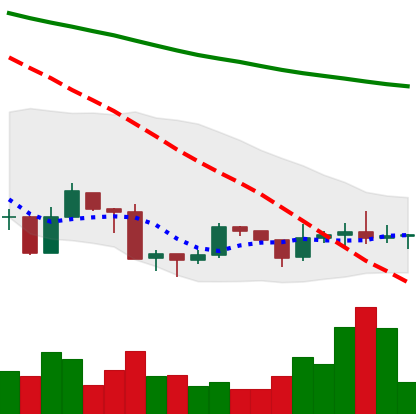
Ticker: ADA-USD
Chart end date: 2019-08-27
Forward return: -10.626%
Label: down_7plus